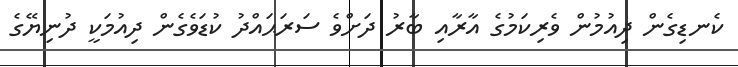
ކެނޑިގެން ދިއުމުން ވެރިކަމުގެ އާރާއި ބާރު ދަށްވެ ސަރަޙައްދު ކުޑަވެގެން ދިއުމަކީ ދުނިޔޭގެ